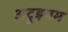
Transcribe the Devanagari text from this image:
अट्रूइयम